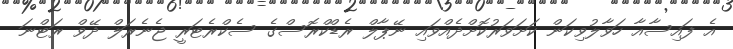
އެ ފައިސާއާ ހަވާލުވިކަން ކަށަވަރުކޮށްދެއްވައި ނޭޕާލް ރެޑްކްރޮސްގެ ސެކްރެޓަރީ ޖެނެރަލް ދޭވް ރަޓްނަ